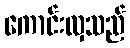
ကောင်းလှသည်